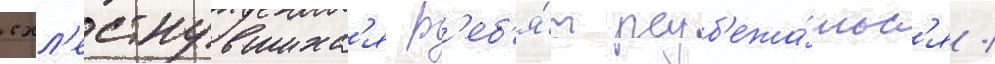
схл'естнувшихс'я р'еб'я́т разб'ежа́тьс'я /